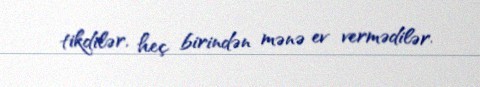
tikdilər, heç birindən mənə ev vermədilər.